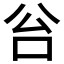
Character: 𠈂